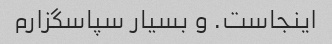
اینجاست. و بسیار سپاسگزارم